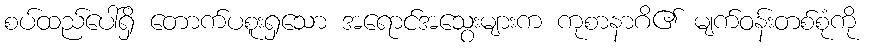
စပ်ထည်ပေါ်ရှိ တောက်ပစူးရှသော အရောင်အသွေးများက ကုစာနာဂိ၏ မျက်ဝန်းတစ်စုံကို